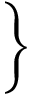
\Bigg \}